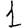
Digit: 1